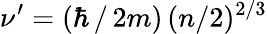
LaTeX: \nu^{\prime}=(\hbar\, /\, 2m)\, (n/2)^{2/3}